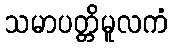
သမာပတ္တိမူလကံ